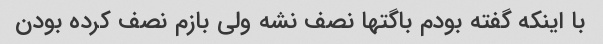
با اینکه گفته بودم باگتها نصف نشه ولی بازم نصف کرده بودن